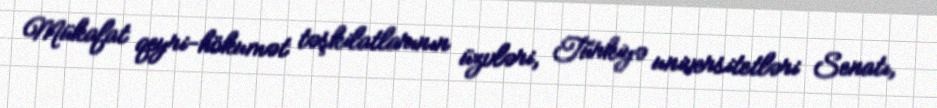
Mükafat qeyri-hökumət təşkilatlarının üzvləri, Türkiyə universitetləri Senatı,